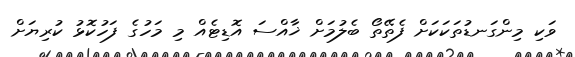
ވަކި މިންގަނޑުތަކަކަށް ފެތޭތޯ ބެލުމަށް ޚާއްސަ އޮޑިޓެއް މި މަހުގެ ފަހުކޮޅު ކުރިޔަށް